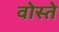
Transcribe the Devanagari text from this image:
वोस्ते